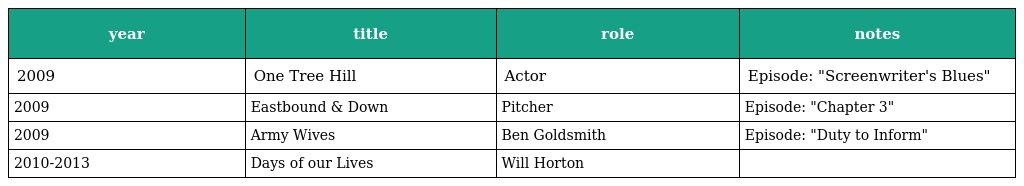
| year | title | role | notes |
 | --- | --- | --- | --- |
 | 2009 | One Tree Hill | Actor | Episode: "Screenwriter's Blues" |
 | 2009 | Eastbound & Down | Pitcher | Episode: "Chapter 3" |
 | 2009 | Army Wives | Ben Goldsmith | Episode: "Duty to Inform" |
 | 2010-2013 | Days of our Lives | Will Horton |  |